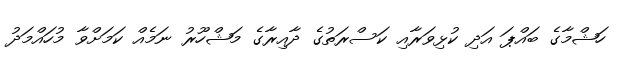
ހަޝްމާގެ ބައްޕަ އަދި ކުޅިވަރާއި ކަސްރަތުގެ ދާއިރާގެ މަޝްހޫރު ނަމެއް ކަމަށްވާ މުހައްމަދު